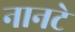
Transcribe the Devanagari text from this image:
नानटे